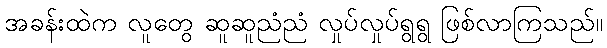
အခန်းထဲက လူတွေ ဆူဆူညံညံ လှုပ်လှုပ်ရွရွ ဖြစ်လာကြသည်။